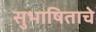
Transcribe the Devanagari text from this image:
सुभाषिताचे